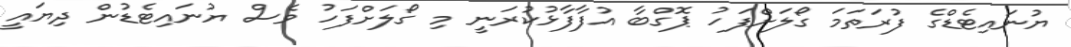
ޔުނައިޓެޑްގެ ފުރަތަމަ ގޯލަށްފަހު ޕޮގްބާ އުފާފާޅުކުރަނީ މި ގޯލަށްފަހު ވެސް ޔުނައިޓެޑުން ދިޔައީ